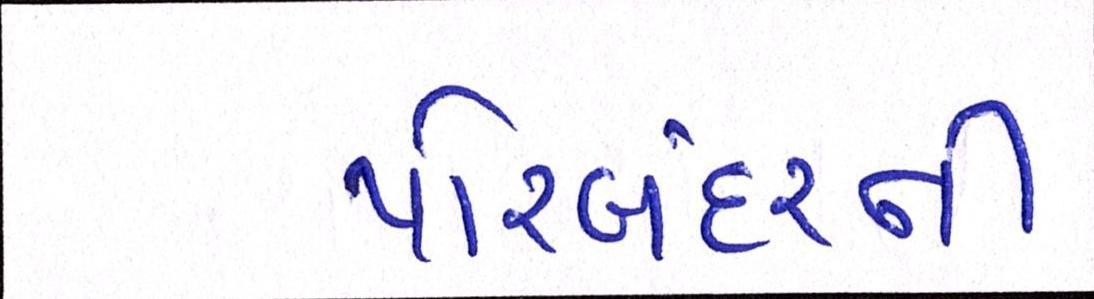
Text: પોરબંદરની